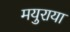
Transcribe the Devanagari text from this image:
मयुराया